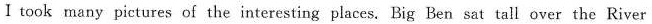
I took many pictures ofthe interesting places. Big Ben sat tall over the River